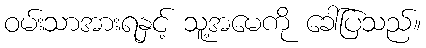
ဝမ်းသာအားရနှင့် သူ့အမေကို ခေါ်ပြသည်။